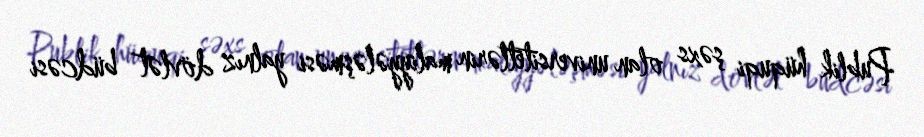
Publik hüquqi şəxs olan universitetlərin maliyyələşməsi yalnız dövlət büdcəsi